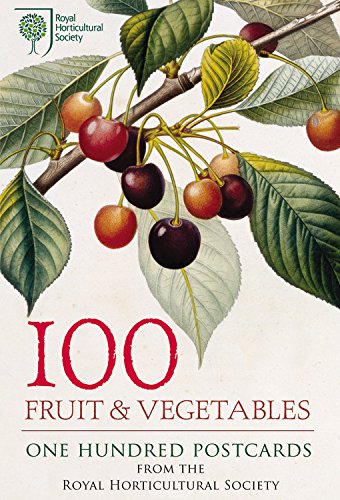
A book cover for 100 Fruit & Vegetables: 100 Postcards; RHS; Crafts, Hobbies & Home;